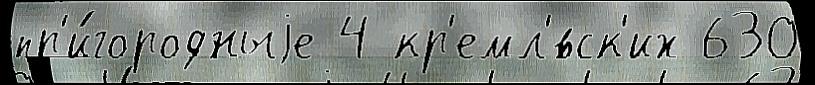
пр'и́городныjе 4 кр'емл'́вск'их 630